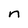
Character: n